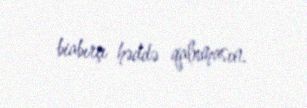
biabırçı həddə qalxmasın.